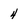
Character: 4